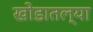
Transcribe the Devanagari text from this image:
खोडातल्या